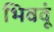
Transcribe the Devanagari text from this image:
भिववूं